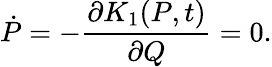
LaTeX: \dot{P}=-\frac{\partial K_{1}(P,t)}{\partial Q}=0.